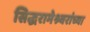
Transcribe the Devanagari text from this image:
सिद्धरामेश्र्वरांच्या